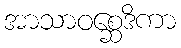
အာသာဝစ္ဆေဒိကာ